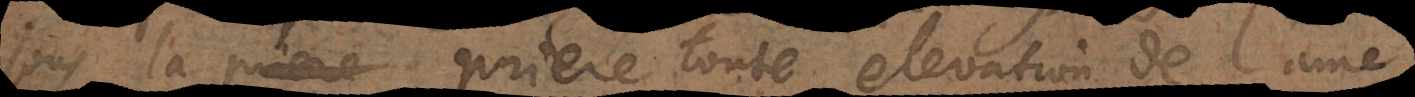
sous la prière toute elevation de l’ame